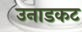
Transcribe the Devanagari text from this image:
उनाडकट